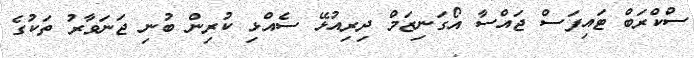
ސްކްރަބް ޓައިފަސް ޖައްސާ އޯގަނިޒަމް ދިރިއުޅޭ ސެއްޅި ކުރިން ބުނި ޖަނަވާރު ތަކުގެ